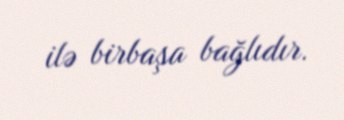
ilə birbaşa bağlıdır.